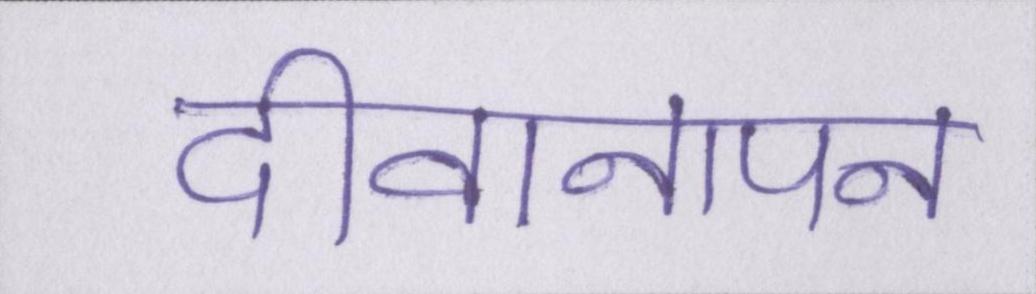
दीवानापन